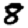
Digit: 8